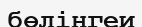
бөлінгеи